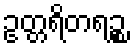
ဥတ္တရိတရဉ္စ